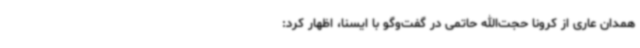
همدان عاری از کرونا حجت‌الله حاتمی در گفت‌وگو با ایسنا، اظهار کرد: